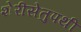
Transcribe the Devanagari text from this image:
शेरीसेतुपथी